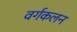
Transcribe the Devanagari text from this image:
वर्गकलन